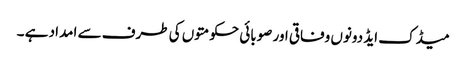
میڈک ایڈ دونوں وفاقی اور صوبائی حکومتوں کی طرف سے امداد ہے ۔